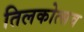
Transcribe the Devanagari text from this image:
तिलकोत्सव